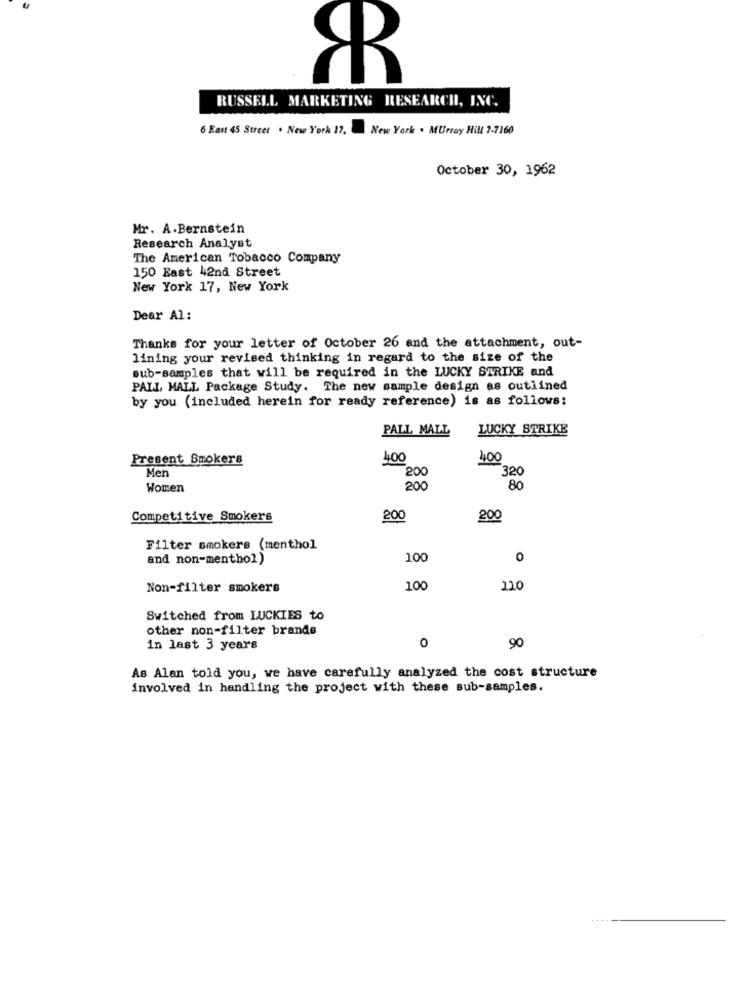
RUSSELL MARKETING RESEARCH, INC.
6 East 45 Street . New York 17.
New York . Murray Hill 7-7160
October 30, 1962
Mr. A.Bernstein
Research Analyst
The American Tobacco Company
150 East 42nd Street
New York 17, New York
Dear Al:
Thanks for your letter of October 26 and the attachment, out-
lining your revised thinking in regard to the size of the
sub-samples that will be required in the LUCKY STRIKE and
PALL MALL Package Study. The new sample design as outlined
by you (included herein for ready reference) is as follows:
PALL MALL
LUCKY STRIKE
Present Smokers
400
400
Men
200
320
Women
200
80
Competitive Smokers
200
200
Filter smokers (menthol
and non-menthol)
100
0
Non-filter smokers
100
110
Switched from LUCKIES to
other non-filter brande
in last 3 years
0
90
As Alan told you, we have carefully analyzed the cost structure
involved in handling the project with these sub-samples.